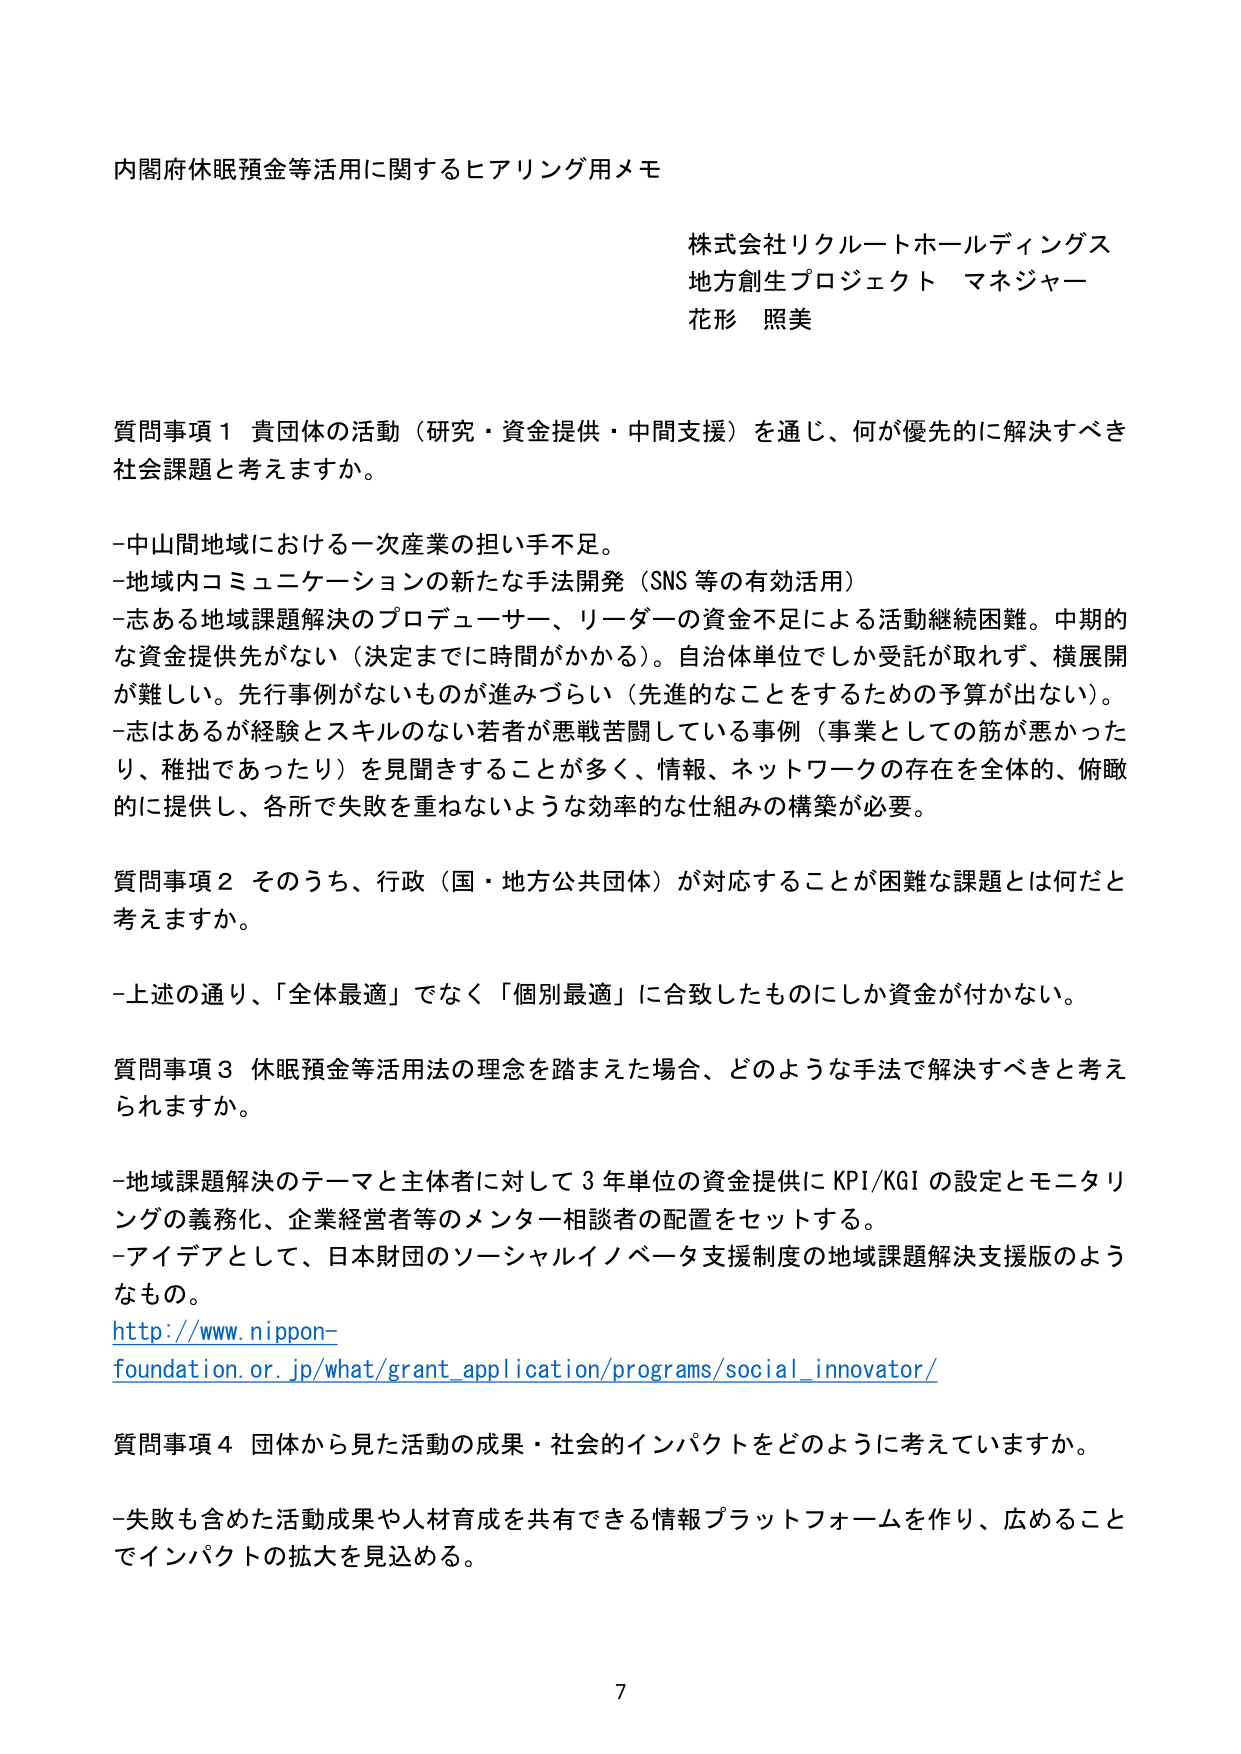
内閣府休眠預金等活用に関するヒアリング用メモ

株式会社リクルートホールディングス
地方創生プロジェクト マネジャー
花形 照美

質問事項１ 貴団体の活動（研究・資金提供・中間支援）を通じ、何が優先的に解決すべき社会課題と考えますか。

-中山間地域における一次産業の担い手不足。
-地域内コミュニケーションの新たな手法開発（SNS等の有効活用）
-志ある地域課題解決のプロデューサー、リーダーの資金不足による活動継続困難。中期的な資金提供先がない（決定までに時間がかかる）。自治体単位でしか受託が取れず、横展開が難しい。先行事例がないものが進みづらい（先進的なことをするための予算が出ない）。
-志はあるが経験とスキルのない若者が悪戦苦闘している事例（事業としての筋が悪かったり、稚拙であったり）を見聞きすることが多く、情報、ネットワークの存在を全体的、俯瞰的に提供し、各所で失敗を重ねないような効率的な仕組みの構築が必要。

質問事項２ そのうち、行政（国・地方公共団体）が対応することが困難な課題とは何だと考えますか。

-上述の通り、「全体最適」でなく「個別最適」に合致したものにしか資金が付かない。

質問事項３ 休眠預金等活用法の理念を踏まえた場合、どのような手法で解決すべきと考えられますか。

-地域課題解決のテーマと主体者に対して３年単位の資金提供にKPI/KGIの設定とモニタリングの義務化、企業経営者等のメンター相談者の配置をセットする。
-アイデアとして、日本財団のソーシャルイノベータ支援制度の地域課題解決支援版のようなもの。
http://www.nippon-foundation.or.jp/what/grant_application/programs/social_innovator/

質問事項４ 団体から見た活動の成果・社会的インパクトをどのように考えていますか。

-失敗も含めた活動成果や人材育成を共有できる情報プラットフォームを作り、広めることでインパクトの拡大を見込める。

7